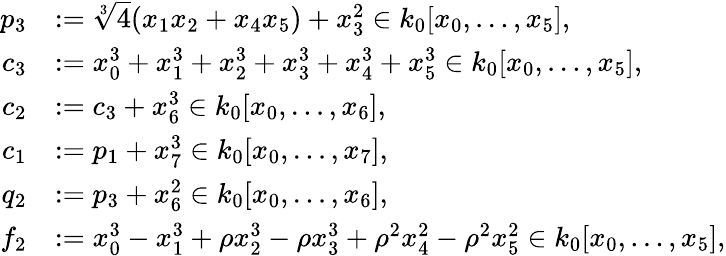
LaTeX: \begin{array}{rl}{p_{3}}&{:=\sqrt[3]{4}(x_{1}x_{2}+x_{4}x_{5})+x_{3}^{2}\in k_{0}[x_{0},\dots,x_{5}],}\\ {c_{3}}&{:=x_{0}^{3}+x_{1}^{3}+x_{2}^{3}+x_{3}^{3}+x_{4}^{3}+x_{5}^{3}\in k_{0}[x_{0},\dots,x_{5}],}\\ {c_{2}}&{:=c_{3}+x_{6}^{3}\in k_{0}[x_{0},\dots,x_{6}],}\\ {c_{1}}&{:=p_{1}+x_{7}^{3}\in k_{0}[x_{0},\dots,x_{7}],}\\ {q_{2}}&{:=p_{3}+x_{6}^{2}\in k_{0}[x_{0},\dots,x_{6}],}\\ {f_{2}}&{:=x_{0}^{3}-x_{1}^{3}+\rho x_{2}^{3}-\rho x_{3}^{3}+\rho^{2}x_{4}^{2}-\rho^{2}x_{5}^{2}\in k_{0}[x_{0},\dots,x_{5}],}\end{array}